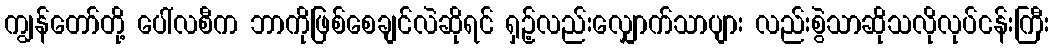
ကျွန်တော်တို့ ပေါ်လစီက ဘာကိုဖြစ်စေချင်လဲဆိုရင် ရှဉ့်လည်းလျှောက်သာပျား လည်းစွဲသာဆိုသလိုလုပ်ငန်းကြီး